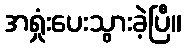
အရှုံးပေးသွားခဲ့ပြီ။